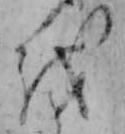
を